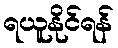
ရယူနိုင်ရန်